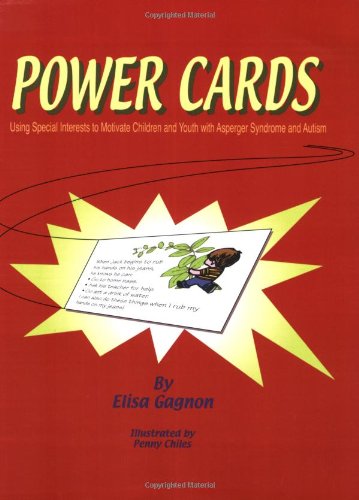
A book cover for Power Cards: Using Special Interests to Motivate Children and Youth with Asperger Syndrome and Autism; Elisa Gagnon; Health, Fitness & Dieting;